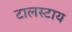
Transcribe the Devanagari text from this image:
टालस्‍टाय